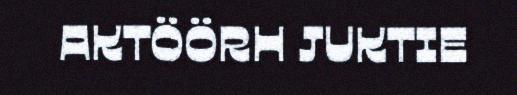
AKTÖÖRH JUKTIE